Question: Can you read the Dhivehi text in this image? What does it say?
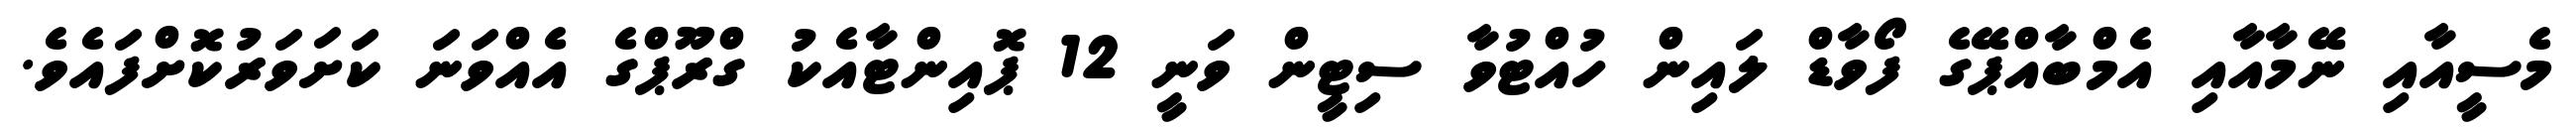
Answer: މެސީއާއި ނޭމާއާއި އެމްބާއްޕޭގެ ފޯވާޑް ލައިން ހުއްޓުވާ ސިޓީން ވަނީ 12 ޕޮއިންޓާއެކު ގްރޫޕްގެ އެއްވަނަ ކަށަވަރުކޮށްފައެވެ.